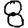
Digit: 8